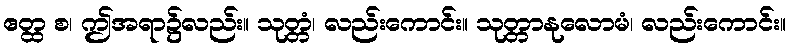
ဧတ္ထ စ၊ ဤအရာ၌လည်း။ သုတ္တံ၊ လည်းကောင်း။ သုတ္တာနုလောမံ၊ လည်းကောင်း။